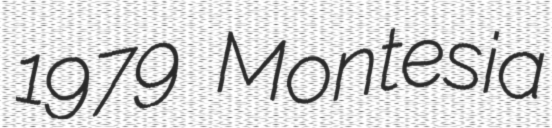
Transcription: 1979 Montesia